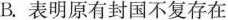
B.表明原有封国不复存在